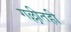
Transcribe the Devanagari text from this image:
गल्लीतही